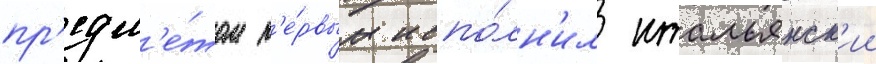
пр'едм'е́том п'е́рвым испо́лн'ил итальянск'ии